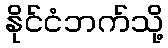
နိုင်ငံဘက်သို့